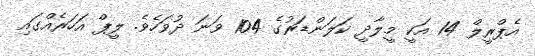
އެޕްރީލް 14 އަކީ މީލާދީ ކަލަންޑަރުގެ 104 ވަނަ ދުވަހެވެ. ލީޕް އަހަރެއްގައި